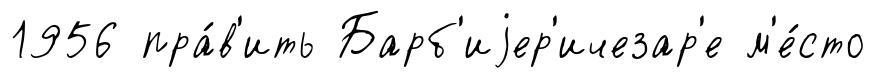
1956 пра́в'ить Барб'иjер'ичезар'е м'е́сто